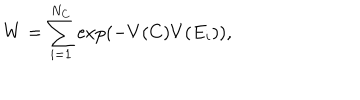
W = \sum _ { i = 1 } ^ { N _ { C } } \mathrm { e x p } ( - V ( C ) V ( E _ { i } ) ) ,